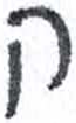
אות: ק